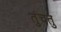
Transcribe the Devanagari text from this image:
तुंचतु